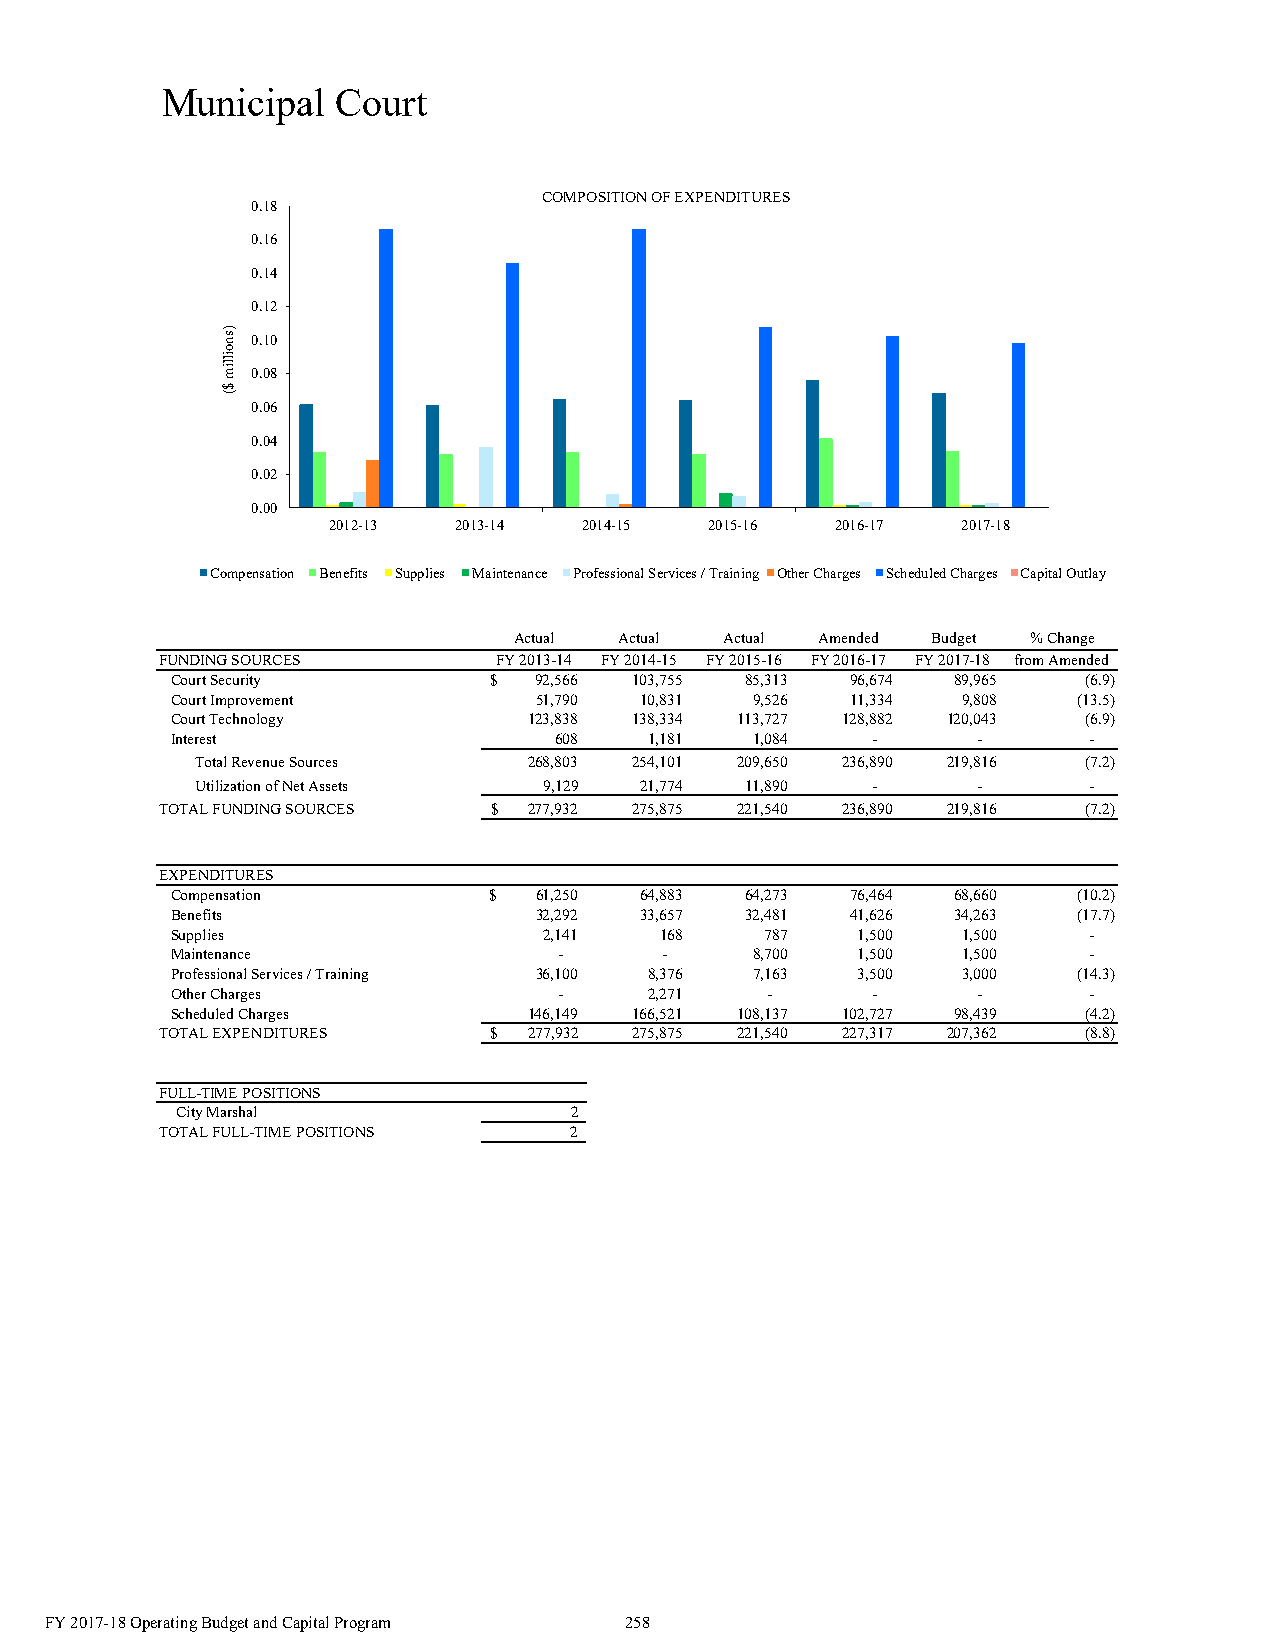
Municipal  Court
 COMPOSITION OF EXPENDITURES
 0.18
 0.16
 0.14
 0.12
 0.10
 0.08
 0.06
 0.04
 0.02
 0.00
 2012-13 2013-14  2014-15 2015-16 2016-17  2017-18
 Compensation Benefits Supplies Maintenance Professional Services / Training Other Charges Scheduled Charges Capital Outlay
 Actual Actual Actual Amended Budget % Change
 FUNDING SOURCES       FY 2013-14 FY 2014-15 FY 2015-16 FY 2016-17 FY 2017-18 from Amended
 Court Security       $  92,566 103,755 85,313 96,674 89,965  ( 6.9)
 Court Improvement       51,790 10,831  9,526 11,334  9,808  ( 13.5)
 Court Technology        123,838 138,334 113,727 128,882 120,043 ( 6.9)
 Interest                  608   1,181  1,084   -      -      -
 Total Revenue Sources 268,803 254,101 209,650 236,890 219,816 ( 7.2)
 Utilization of Net Assets 9,129 21,774 11,890 -     -      -
 TOTAL FUNDING SOURCES $ 277,932 275,875 221,540 236,890 219,816 ( 7.2)
 EXPENDITURES
 Compensation         $  61,250 64,883 64,273 76,464 68,660  ( 10.2)
 Benefits                32,292 33,657 32,481 41,626 34,263  ( 17.7)
 Supplies                 2,141   168    787   1,500  1,500   -
 Maintenance               -      -     8,700  1,500  1,500   -
 Professional Services / Training 36,100 8,376 7,163 3,500 3,000 ( 14.3)
 Other Charges             -     2,271   -      -      -      -
 Scheduled Charges       146,149 166,521 108,137 102,727 98,439 ( 4.2)
 TOTAL EXPENDITURES   $  277,932 275,875 221,540 227,317 207,362 ( 8.8)
 FULL-TIME POSITIONS
 City Marshal              2
 TOTAL FULL-TIME POSITIONS  2
 FY 2017-18 Operating Budget and Capital Program 258
 )snoillim
 $(